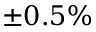
\pm 0 . 5 \%